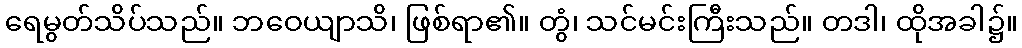
ရေမွတ်သိပ်သည်။ ဘဝေယျာသိ၊ ဖြစ်ရာ၏။ တွံ၊ သင်မင်းကြီးသည်။ တဒါ၊ ထိုအခါ၌။